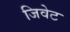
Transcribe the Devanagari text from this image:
जिवेट